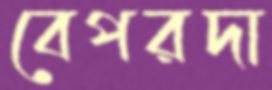
বেপরদা